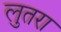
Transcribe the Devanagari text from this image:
लुतरा